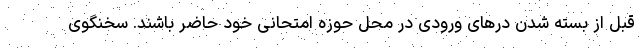
قبل از بسته شدن درهای ورودی در محل حوزه امتحانی خود حاضر باشند. سخنگوی